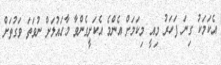
އެކަމަކު ގިނަ ފަހަރު މިއީ މިކަމަށް އެންމެ އެކަށީގެންވާ މާހައުލަށް ނުވަަތަ ވަގުތަށް